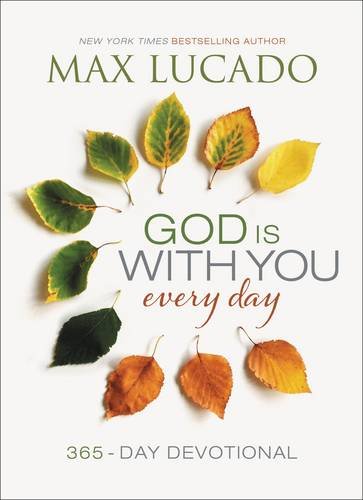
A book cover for God Is With You Every Day; Max Lucado; Religion & Spirituality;